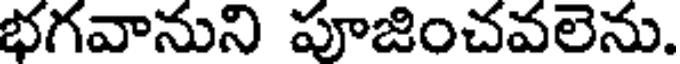
భగవానుని పూజించవలెను.